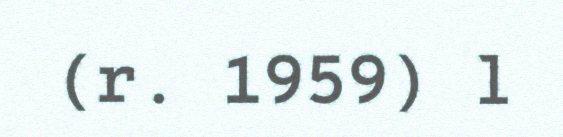
(r. 1959) l